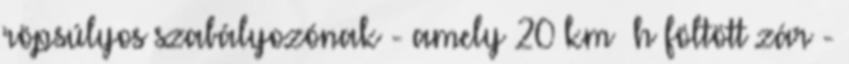
röpsúlyos szabályozónak - amely 20 km h föltött zár -